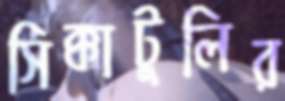
সিক্কাটুলির